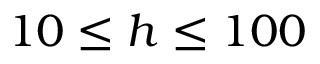
1 0 \leq h \leq 1 0 0